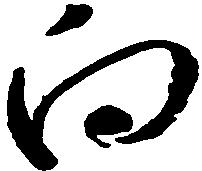
向